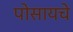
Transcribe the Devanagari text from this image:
पोसायचे